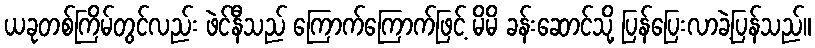
ယခုတစ်ကြိမ်တွင်လည်း ဖဲင်နီသည် ကြောက်ကြောက်ဖြင့် မိမိ ခန်းဆောင်သို့ ပြန်ပြေးလာခဲ့ပြန်သည်။